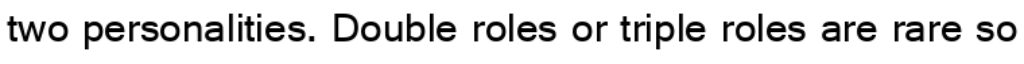
two personalities. Double roles or triple roles are rare so